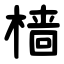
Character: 樯